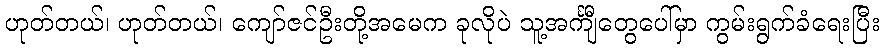
ဟုတ်တယ်၊ ဟုတ်တယ်၊ ကျော်ဇင်ဦးတို့အမေက ခုလိုပဲ သူ့အင်္ကျီတွေပေါ်မှာ ကွမ်းရွက်ခံရေးပြီး